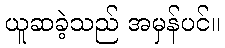
ယူဆခဲ့သည် အမှန်ပင်။